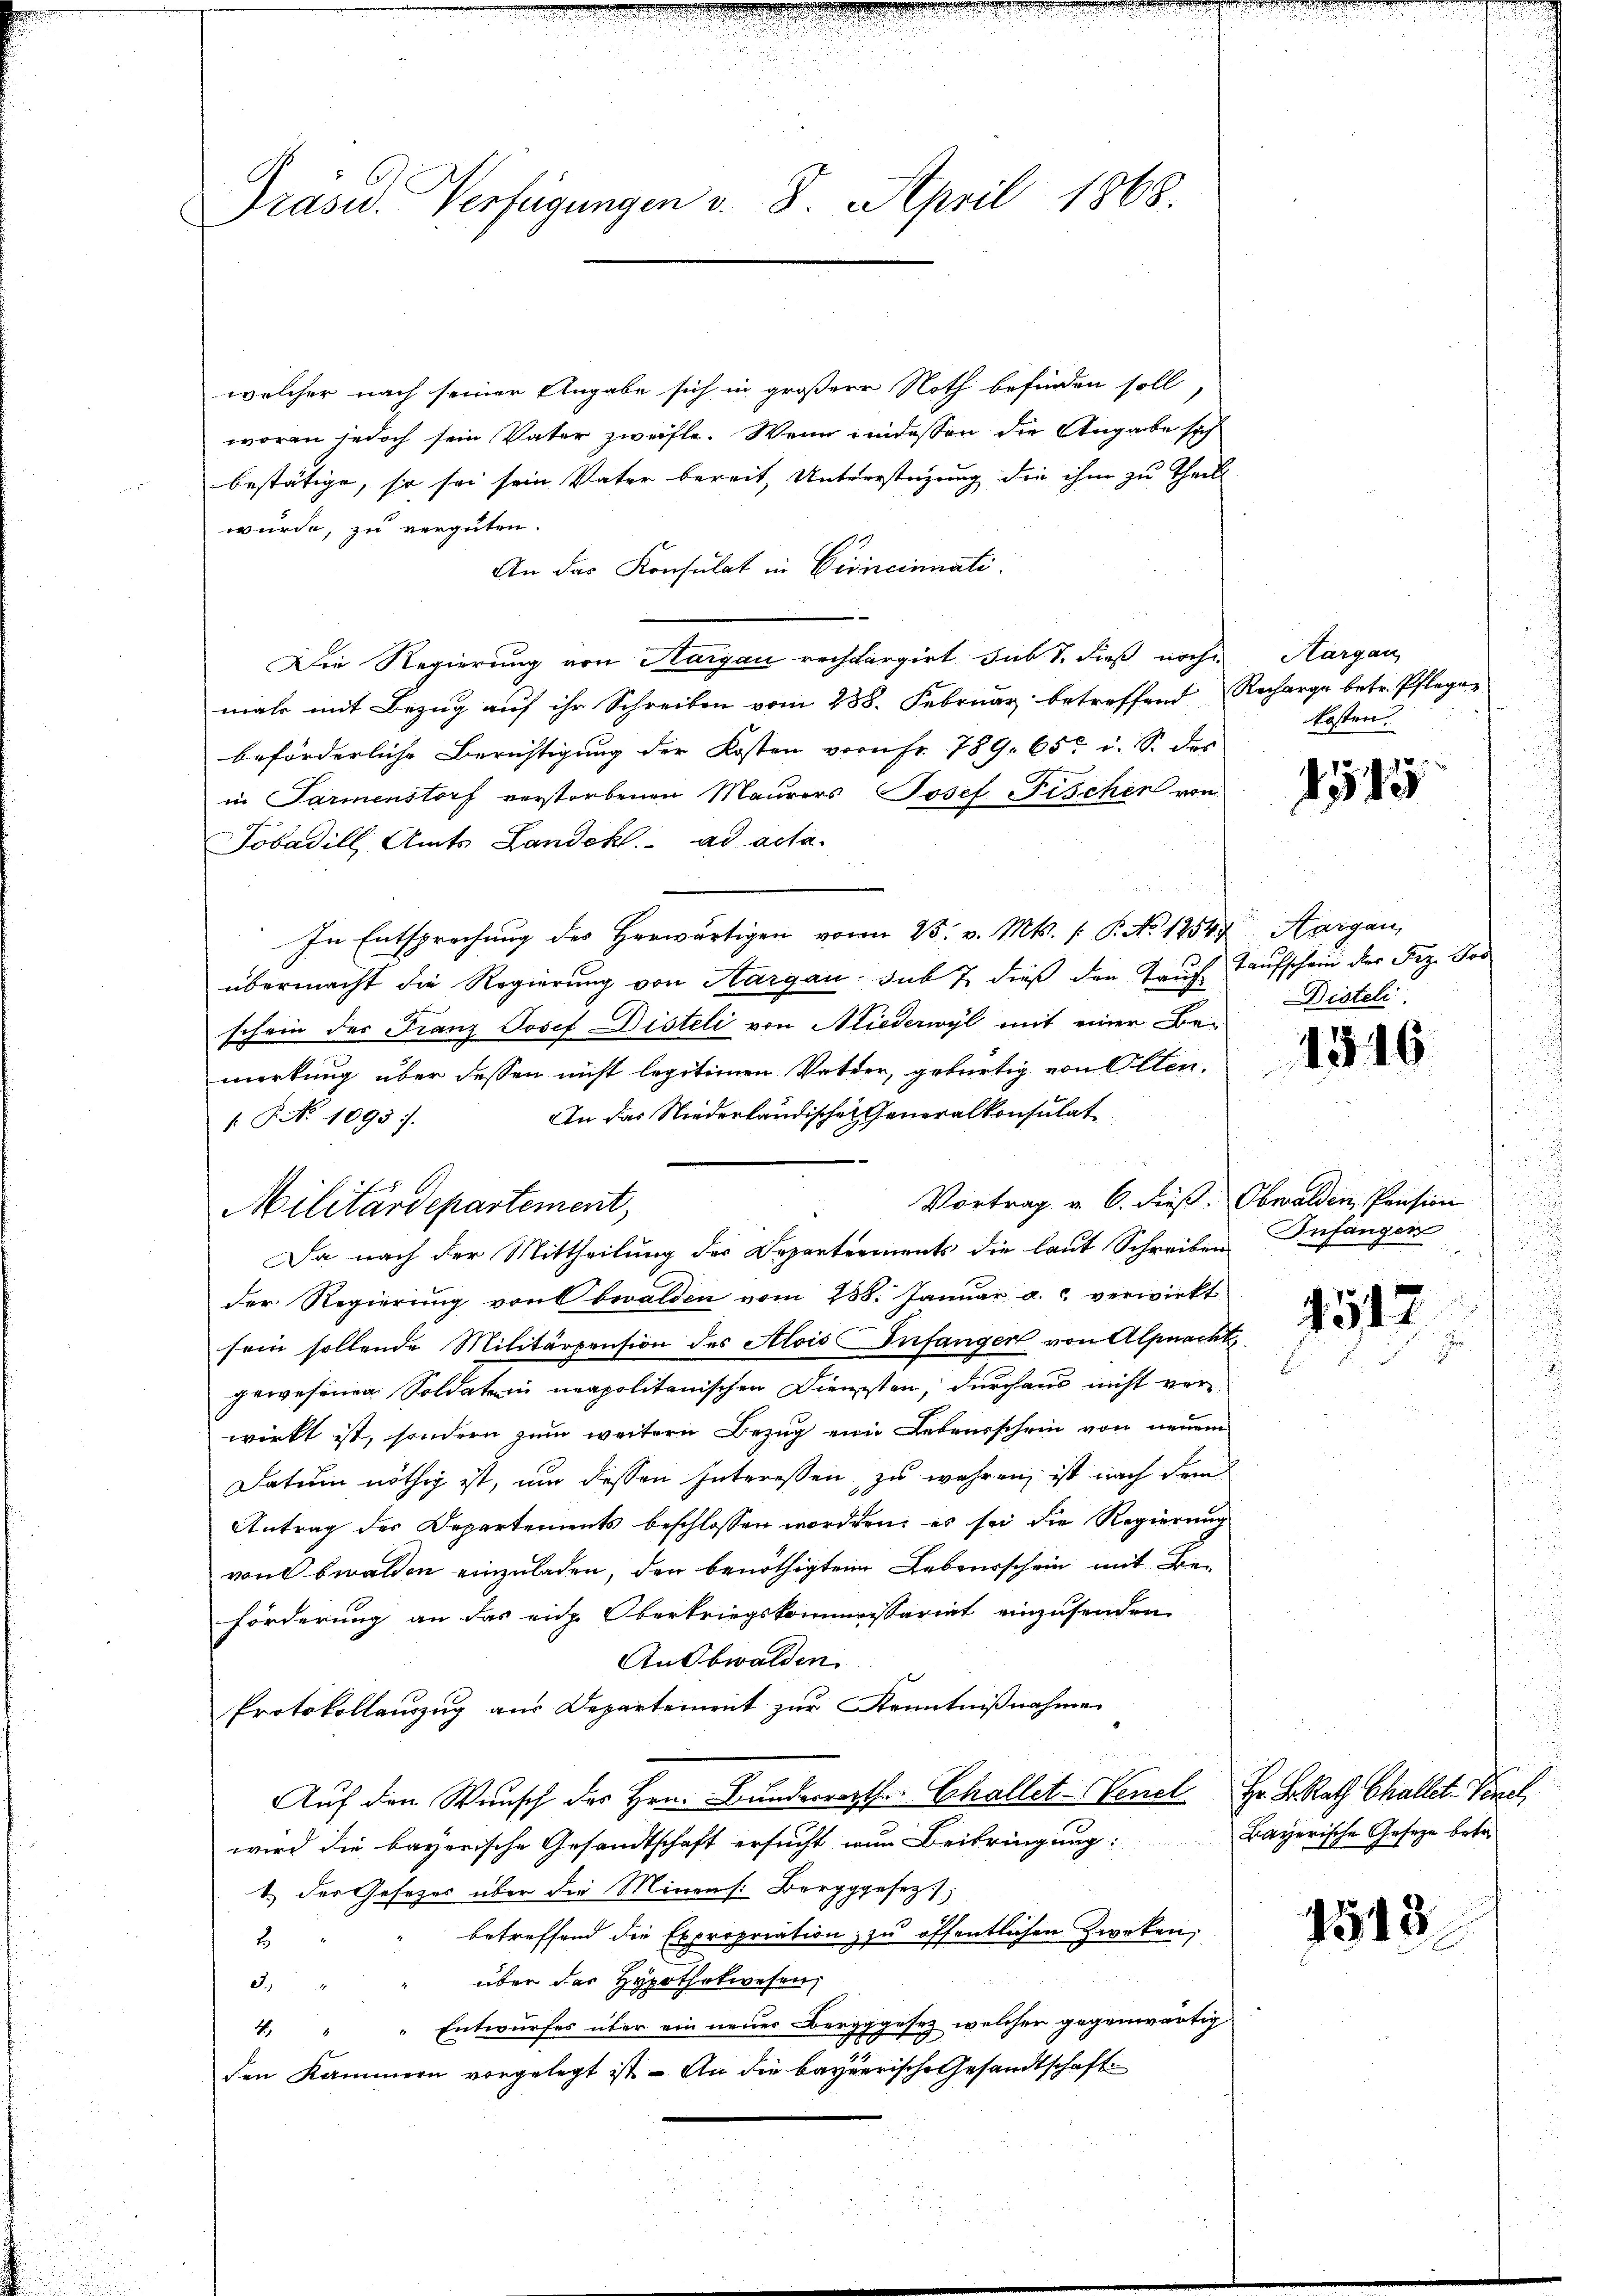
Präse. Verfügungen v. 8. April 1868.

welcher nach seiner Angabe sich in größere Noth befinden soll,
woran jedoch sein Vater zweifte. Wenn eindessen die Angabe sich
bestätige, so sei sein Vater bereit, Unterstüzung die ihm zu Theil
wurde, zu vergüten.
An das Konsulat in Princinati
Die Regierung von Hargau rechtargirt sub S. dieß noche
mals mit Bezug auf ihr Schreiben vom 238. Februar betreffend
beförderliche Berichtigung der Kosten vornhr 789. 65 u. S. der
in Parmenstorf verstorbenen Maurers Josef Fischen von
Tobadill, Amts Landekt. ad acta.
In Entsprechung des Herwärtigen von 25. v. Mts. /: P. No 1254.
übermacht die Regierung von Hargau sub 7 dieß den Taufschein des Franz Josef Disteli von Niederwyl mit einer Bemerkung über dessen nicht legitimen Vater, gebürtig von Olten.
An das Niederländischen Generalkonsulat
.P. No 1095.
Vortrag v. 6. dieß.
Da nach der Mittheilung des Departements die laut Schreiben
der Regierung von Obwalden vom 238. Januar a. c. verwirkt
sein sollende Militärpension des Alois Infanger von Alpnach
gewesenen Soldaten neapolitanischen Diensten, durchaus nicht verwirkt ist, sondern zum weitere Bezug eine Lebensschein von neuen
Datum nöthig ist, um dessen Interessen zu wahren, ist nach dem
Antrag des Departements beschlossen worden, es sei die Regierung
von bwalden einzuladen, den benöthigten Lebensschein mit Be-
förderung an das eid. Oberkriegskommissariat einzusenden,
An Obwalden.
Protokollauszug aus Departement zur Kenntnißnahme
Auf den Wunsch der Hrn. Bundesrathe Echallet-Venel
wird die bayerische Gesandtschaft ersucht wur Beibringung:
1.) Der Gesetzes über die Minen s. Bergggesez
betreffend die Expropriation zu öffentlichen Zweken,
2
3. " " über der Hypothekwesen,
4. " " Entwurfes über ein neuer Bergggesez welcher gegenwärtig
den Kammern vorgelegt ist - An die bayerische Gesandtschaft

Militärdepartement,

Hargau,
Recharge betr. Pflegen
kosten.

155

Aargau,
Taufschein der Frz. Jos.
Disteli

1316

Obwalden, Pension
u Anfangen

4512

Hr. F. Rath Challet. Venel
Bayerische Geseze betr

1543